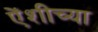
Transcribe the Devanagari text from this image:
एेंशीच्या